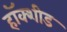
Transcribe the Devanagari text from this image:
हॉक्शीड